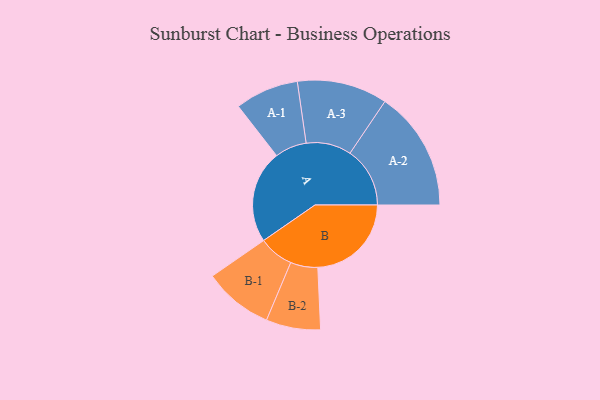
{"axis": {"x": "Segment", "y": "Value"}, "legend": ["", "A", "B"], "data": [{"x": "A", "y": 403, "type": ""}, {"x": "B", "y": 406, "type": ""}, {"x": "A-1", "y": 138, "type": "A"}, {"x": "A-2", "y": 260, "type": "A"}, {"x": "A-3", "y": 196, "type": "A"}, {"x": "B-1", "y": 151, "type": "B"}, {"x": "B-2", "y": 118, "type": "B"}]}